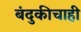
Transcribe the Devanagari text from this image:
बंदुकीचाही